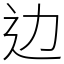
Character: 边